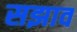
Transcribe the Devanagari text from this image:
सझाव